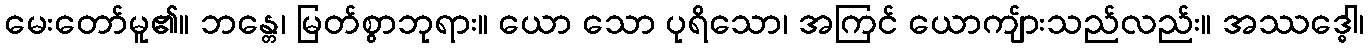
မေးတော်မူ၏။ ဘန္တေ၊ မြတ်စွာဘုရား။ ယော သော ပုရိသော၊ အကြင် ယောကျ်ားသည်လည်း။ အဿဒ္ဓေါ၊